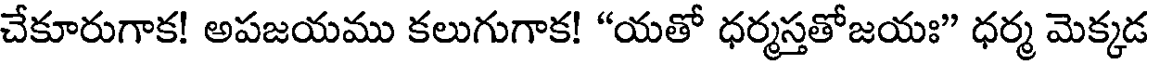
చేకూరుగాక! అపజయము కలుగుగాక! "యతో ధర్మస్తతోజయః" ధర్మ మెక్కడ